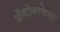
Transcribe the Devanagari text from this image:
ऑक्टोबरफेस्ट